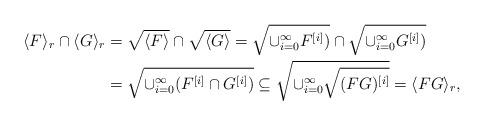
LaTeX: \begin{align*} \langle F\rangle_r\cap\langle G\rangle_r&=\sqrt{\langle F\rangle}\cap\sqrt{\langle G\rangle}=\sqrt{\cup_{i=0}^{\infty}F^{[i]})}\cap\sqrt{\cup_{i=0}^{\infty}G^{[i]})}\\ &=\sqrt{\cup_{i=0}^{\infty}(F^{[i]}\cap G^{[i]})}\subseteq\sqrt{\cup_{i=0}^{\infty}\sqrt{(FG)^{[i]}}}=\langle FG\rangle_r,\end{align*}